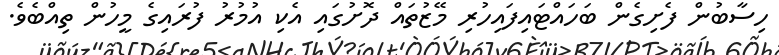
ހިސާބުން ފެށިގެން ބަހައްޓައިފައިހުރި މޭޒުތައް ދޮށުގައި އެކި އުމުރު ފުރައިގެ މީހުން ތިއްބެވެ.